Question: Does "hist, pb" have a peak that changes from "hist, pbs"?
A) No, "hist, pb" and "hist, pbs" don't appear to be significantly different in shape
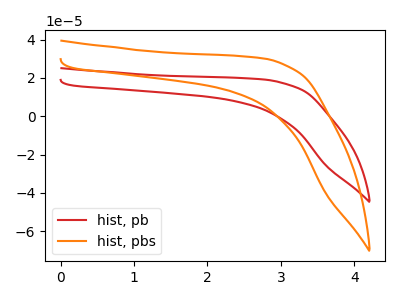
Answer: <think>The red curve "hist, pb" has no peaks. The orange curve "hist, pbs" has no peaks.
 Neither "hist, pb" or "hist, pbs" have any peaks.</think>
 <answer>A) No, "hist, pb" and "hist, pbs" don't appear to be significantly different in shape</answer>
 <eval>A</eval>